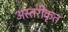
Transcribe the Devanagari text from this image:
अस्तरीकृत